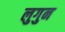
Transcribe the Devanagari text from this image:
लुगुन